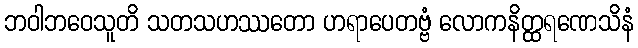
ဘဝါဘဝေသူတိ သတသဟဿတော ဟရာပေတဗ္ဗံ လောကနိတ္ထရဏေသိနံ